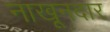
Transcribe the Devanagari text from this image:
नाखूनदार